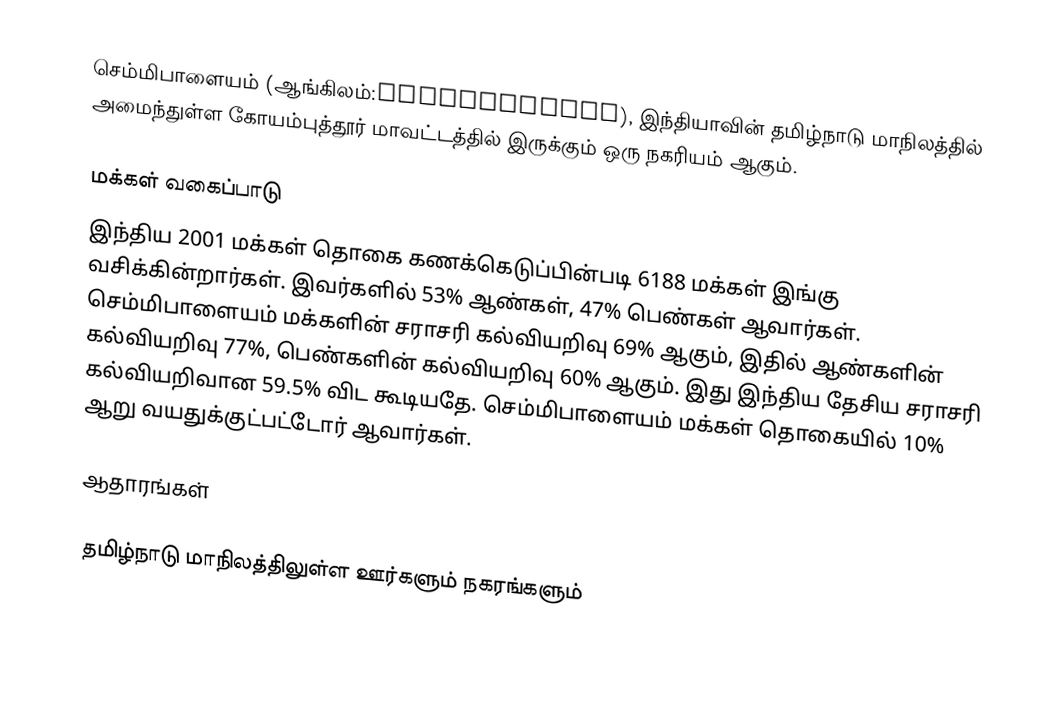
செம்மிபாளையம் (ஆங்கிலம்:Semmipalayam), இந்தியாவின் தமிழ்நாடு மாநிலத்தில் அமைந்துள்ள கோயம்புத்தூர் மாவட்டத்தில் இருக்கும் ஒரு நகரியம்  ஆகும்.

மக்கள் வகைப்பாடு
இந்திய 2001 மக்கள் தொகை கணக்கெடுப்பின்படி 6188 மக்கள் இங்கு வசிக்கின்றார்கள். இவர்களில் 53% ஆண்கள், 47% பெண்கள் ஆவார்கள். செம்மிபாளையம் மக்களின் சராசரி கல்வியறிவு 69% ஆகும்,  இதில் ஆண்களின் கல்வியறிவு 77%,  பெண்களின் கல்வியறிவு 60% ஆகும். இது இந்திய தேசிய சராசரி கல்வியறிவான 59.5% விட கூடியதே. செம்மிபாளையம் மக்கள் தொகையில் 10%  ஆறு வயதுக்குட்பட்டோர் ஆவார்கள்.

ஆதாரங்கள்

தமிழ்நாடு மாநிலத்திலுள்ள ஊர்களும் நகரங்களும்